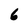
Character: 6